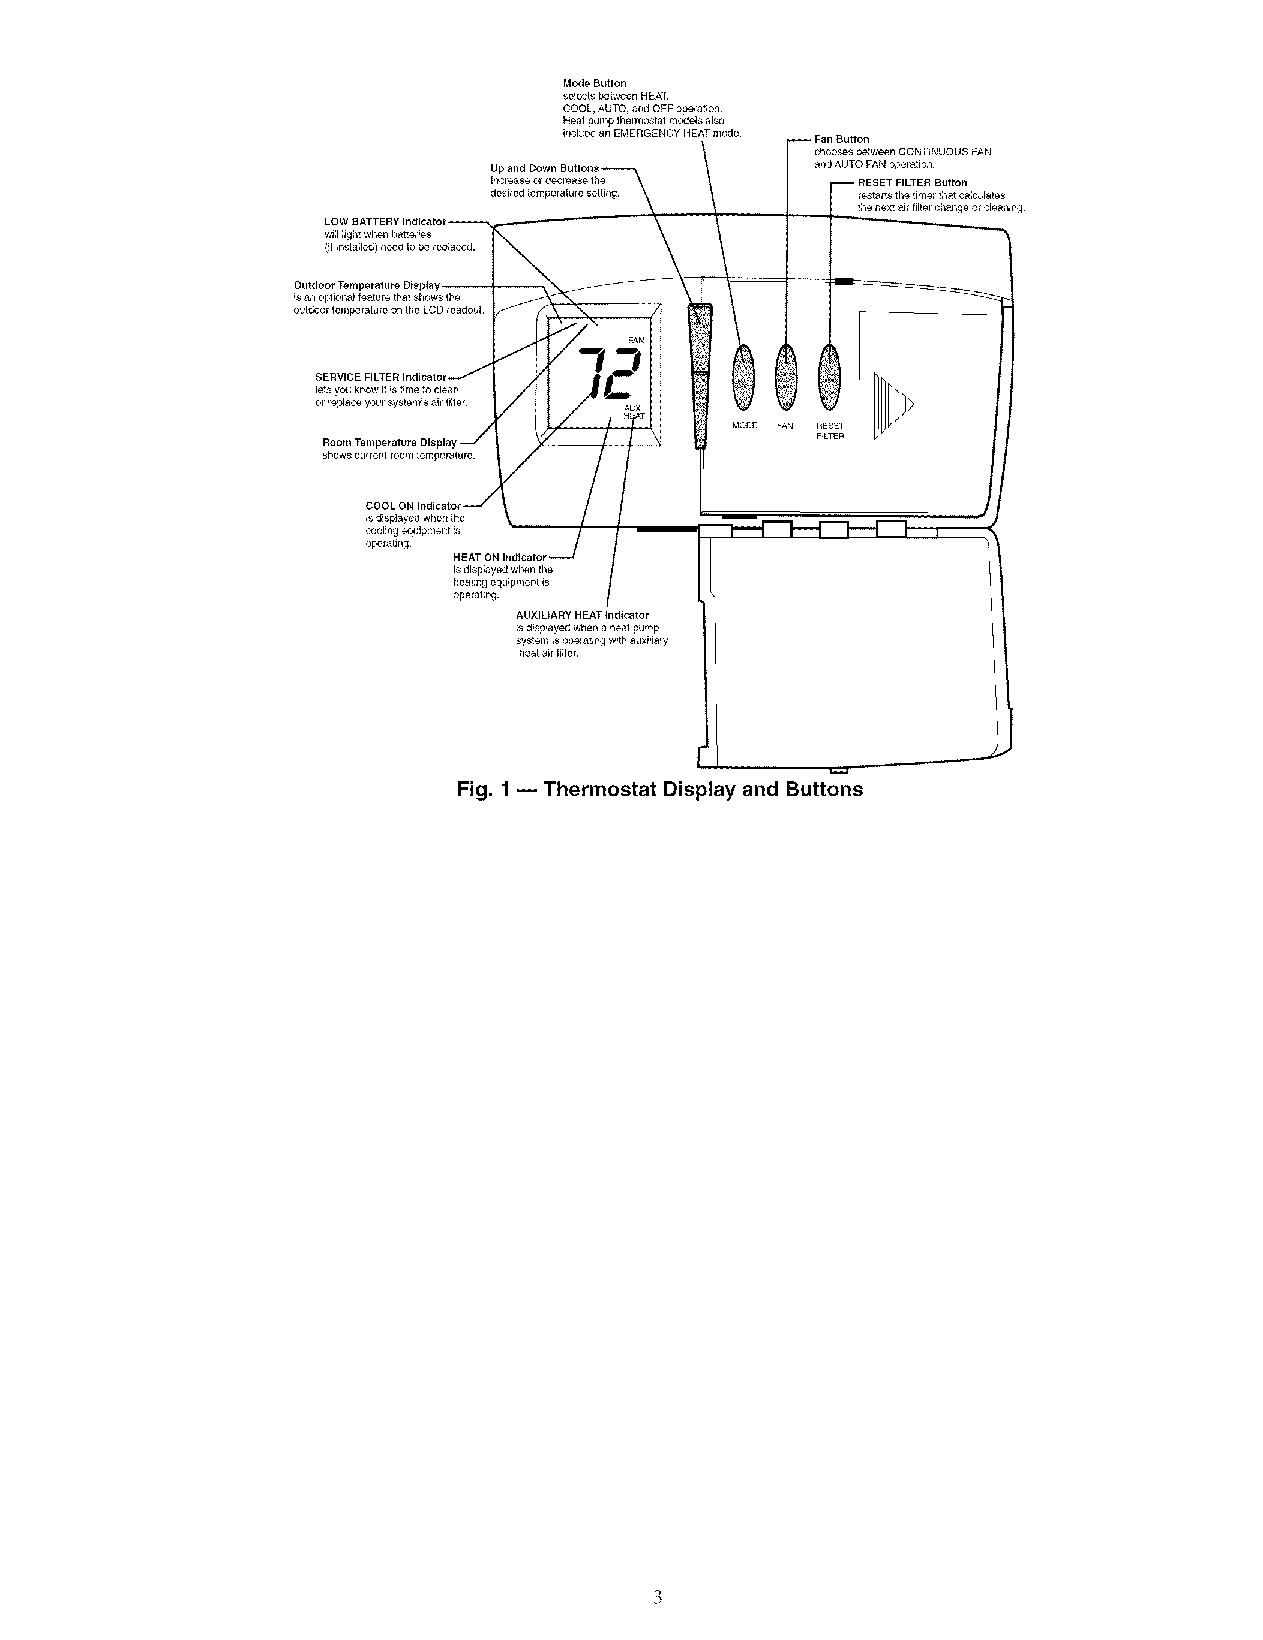
Mode Button
 selectsbetween HEAT,
 COOL, AUTO, andOFF operation.
 HeM pump thermostatmodelsalso
 includeanEMERGENCY HEAT mode. -- Fan Button
 chooses between CONTINUOUS FAN
 Up                    andAUTO FANoperalion.
 Increase ordecrease the -- RESET FILTER Button
 desired temperature setting. restarts the timer that calculates
 the next airfilterchange orcleaning.
 LOW BATTERY Indicator_
 will lightwhen batteries
 (ifinstalled) need tobereplaced.
 Outdoor Temperature Display
 isanoptional feature that shows the i
 outdoor temperature onthe LCDreadout.
 SERVICE FILTER Indicator _
 letsyou know itistimetoclean
 orreplace your system's airMter.
 /
 Room Temperature Display --/
 shows current roomtemperature.
 CisOdOisLplayOeNd Inwdihceant°the----_ /
 c opo eo rl ai tin ng g.equipment is /_" /
 HEAT ONIndicator
 isdisplayed when the
 heating equipment is
 operating.
 AUXILIARY HEAT Indicator
 isdisplayed when aheat pump
 system isoperating withauxiliary
 heatairMter.
 Fig. 1-- Thermostat Display and Buttons